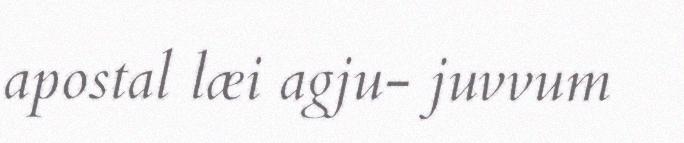
apostal læi agju- juvvum